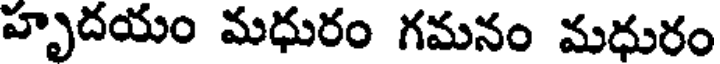
హృదయం మధురం గమనం మధురం